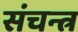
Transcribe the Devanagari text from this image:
संचन्त्र